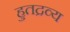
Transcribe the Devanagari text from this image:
हुतद्रव्य